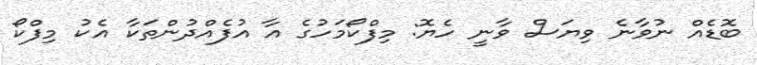
ބޮޑެއް ނުވާނެ ވިޔަސް ވާނީ ހެޔޮ: މިފްކޯމަހުގެ އާ އުފެއްދުންތަކާ އެކު މިފްކޯ